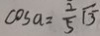
\cos a = \frac { 2 } { 5 } \sqrt { 3 }